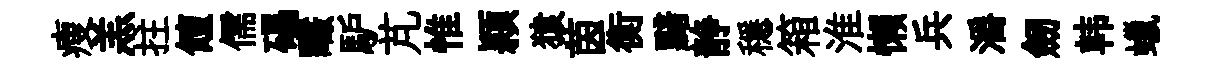
瘦羔拄饘儒礧釅馿芃惟頴猿茵衡黯静穩箱淮懶兵灂劒韩蠟